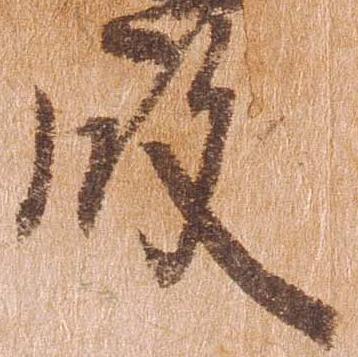
殿